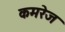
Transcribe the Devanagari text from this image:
कमरेज